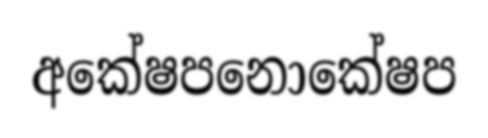
අකේෂපනොකේෂප